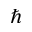
\hbar